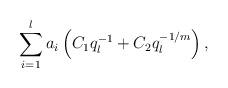
LaTeX: \begin{align*}\sum_{i=1}^l a_i \left( C_1q_l^{-1} + C_2q_l^{-1/m} \right), \end{align*}